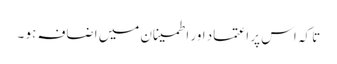
تا کہ اس پر اعتماد اور اطمینان میں اضافہ ہو ۔